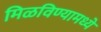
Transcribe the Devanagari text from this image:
मिळविण्यामध्ये